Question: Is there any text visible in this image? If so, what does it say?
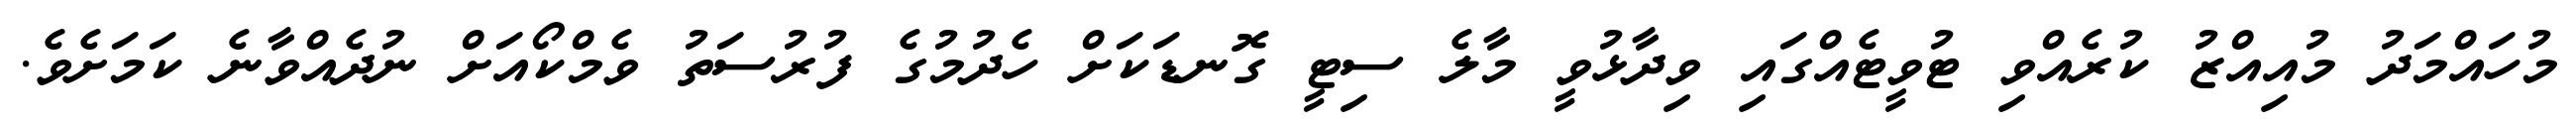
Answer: މުހައްމަދު މުއިއްޒު ކުރެއްވި ޓުވީޓެއްގައި ވިދާޅުވީ މާލެ ސިޓީ ގޮނޑަކަށް ހެދުމުގެ ފުރުސަތު ވެމްކޯއަށް ނުދެއްވާނެ ކަމަށެވެ.